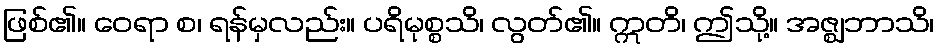
ဖြစ်၏။ ဝေရာ စ၊ ရန်မှလည်း။ ပရိမုစ္စသိ၊ လွတ်၏။ ဣတိ၊ ဤသို့။ အဇ္ဈဘာသိ၊